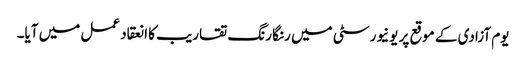
یوم آزادی کے موقع پر یونیورسٹی میں رنگا رنگ تقاریب کا انعقاد عمل میں آیا۔